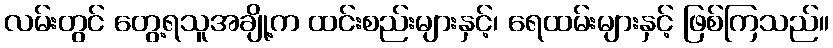
လမ်းတွင် တွေ့ရသူအချို့က ထင်းစည်းများနှင့်၊ ရေထမ်းများနှင့် ဖြစ်ကြသည်။